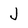
Character: J